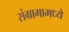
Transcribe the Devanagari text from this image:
संग्रामामध्ये